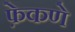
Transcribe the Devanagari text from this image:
फ़ेकणे